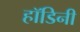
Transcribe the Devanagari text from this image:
हॉडिनी